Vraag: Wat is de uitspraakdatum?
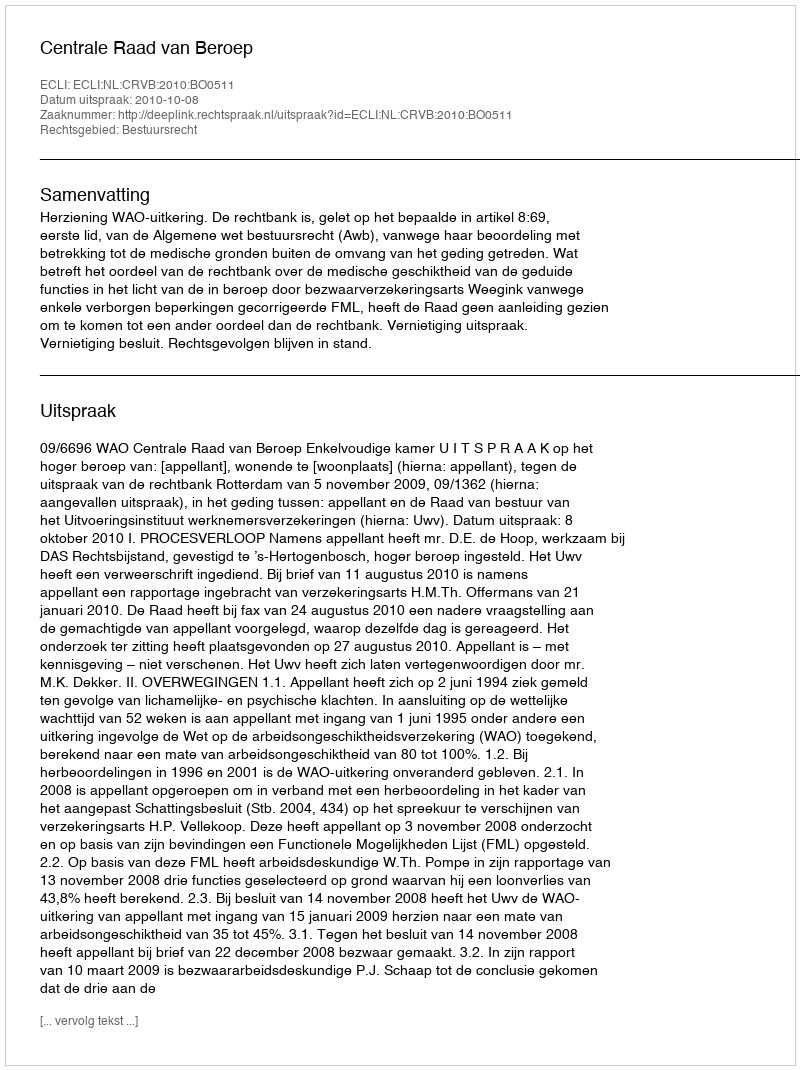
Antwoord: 2010-10-08